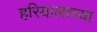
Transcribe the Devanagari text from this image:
हरियालाच्या